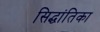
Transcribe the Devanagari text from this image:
सिद्धांतिका